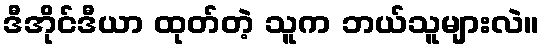
ဒီအိုင်ဒီယာ ထုတ်တဲ့ သူက ဘယ်သူများလဲ။